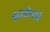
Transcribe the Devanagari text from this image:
झालेलो